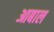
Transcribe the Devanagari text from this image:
आबाल